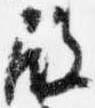
殿